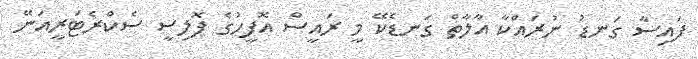
ފައިސާ ގަނޑު ނުރައްކާ އާލާތް ގަނޑެކޭ މީ ރައީސް އޮފީހުގެ ޕޮލިސީ ސެކްރެޓަރީއަނޭ